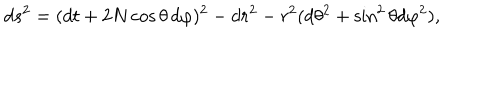
LaTeX: d s ^ { 2 } = ( d t + 2 N \cos \theta \, d \varphi ) ^ { 2 } - d r ^ { 2 } - r ^ { 2 } ( d \theta ^ { 2 } + \sin ^ { 2 } \theta d \varphi ^ { 2 } ) ,